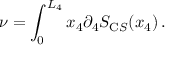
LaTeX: \nu = \int _ { 0 } ^ { L _ { 4 } } \d x _ { 4 } \partial _ { 4 } S _ { \mathrm C S } ( x _ { 4 } ) \, .